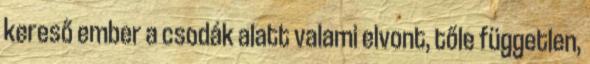
kereső ember a csodák alatt valami elvont, tőle független,